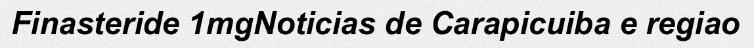
Finasteride 1mgNoticias de Carapicuiba e regiao